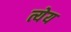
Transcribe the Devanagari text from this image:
त्येय